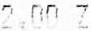
2.00 Z